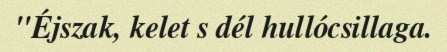
"Éjszak, kelet s dél hullócsillaga.